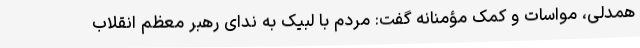
همدلی، مواسات و کمک مؤمنانه گفت: مردم با لبیک به ندای رهبر معظم انقلاب